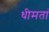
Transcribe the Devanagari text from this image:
धीमतां